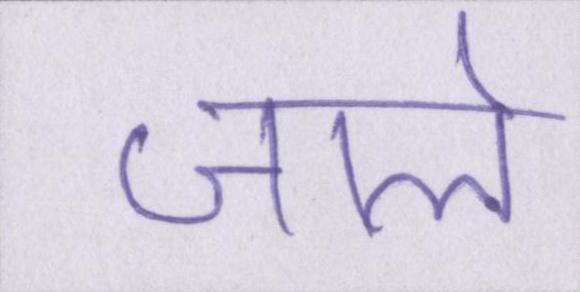
जाले